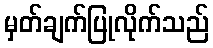
မှတ်ချက်ပြုလိုက်သည်